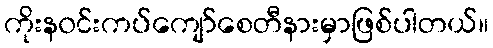
ကိုးန၀င်းကပ်ကျော်စေတီနားမှာဖြစ်ပါတယ်။